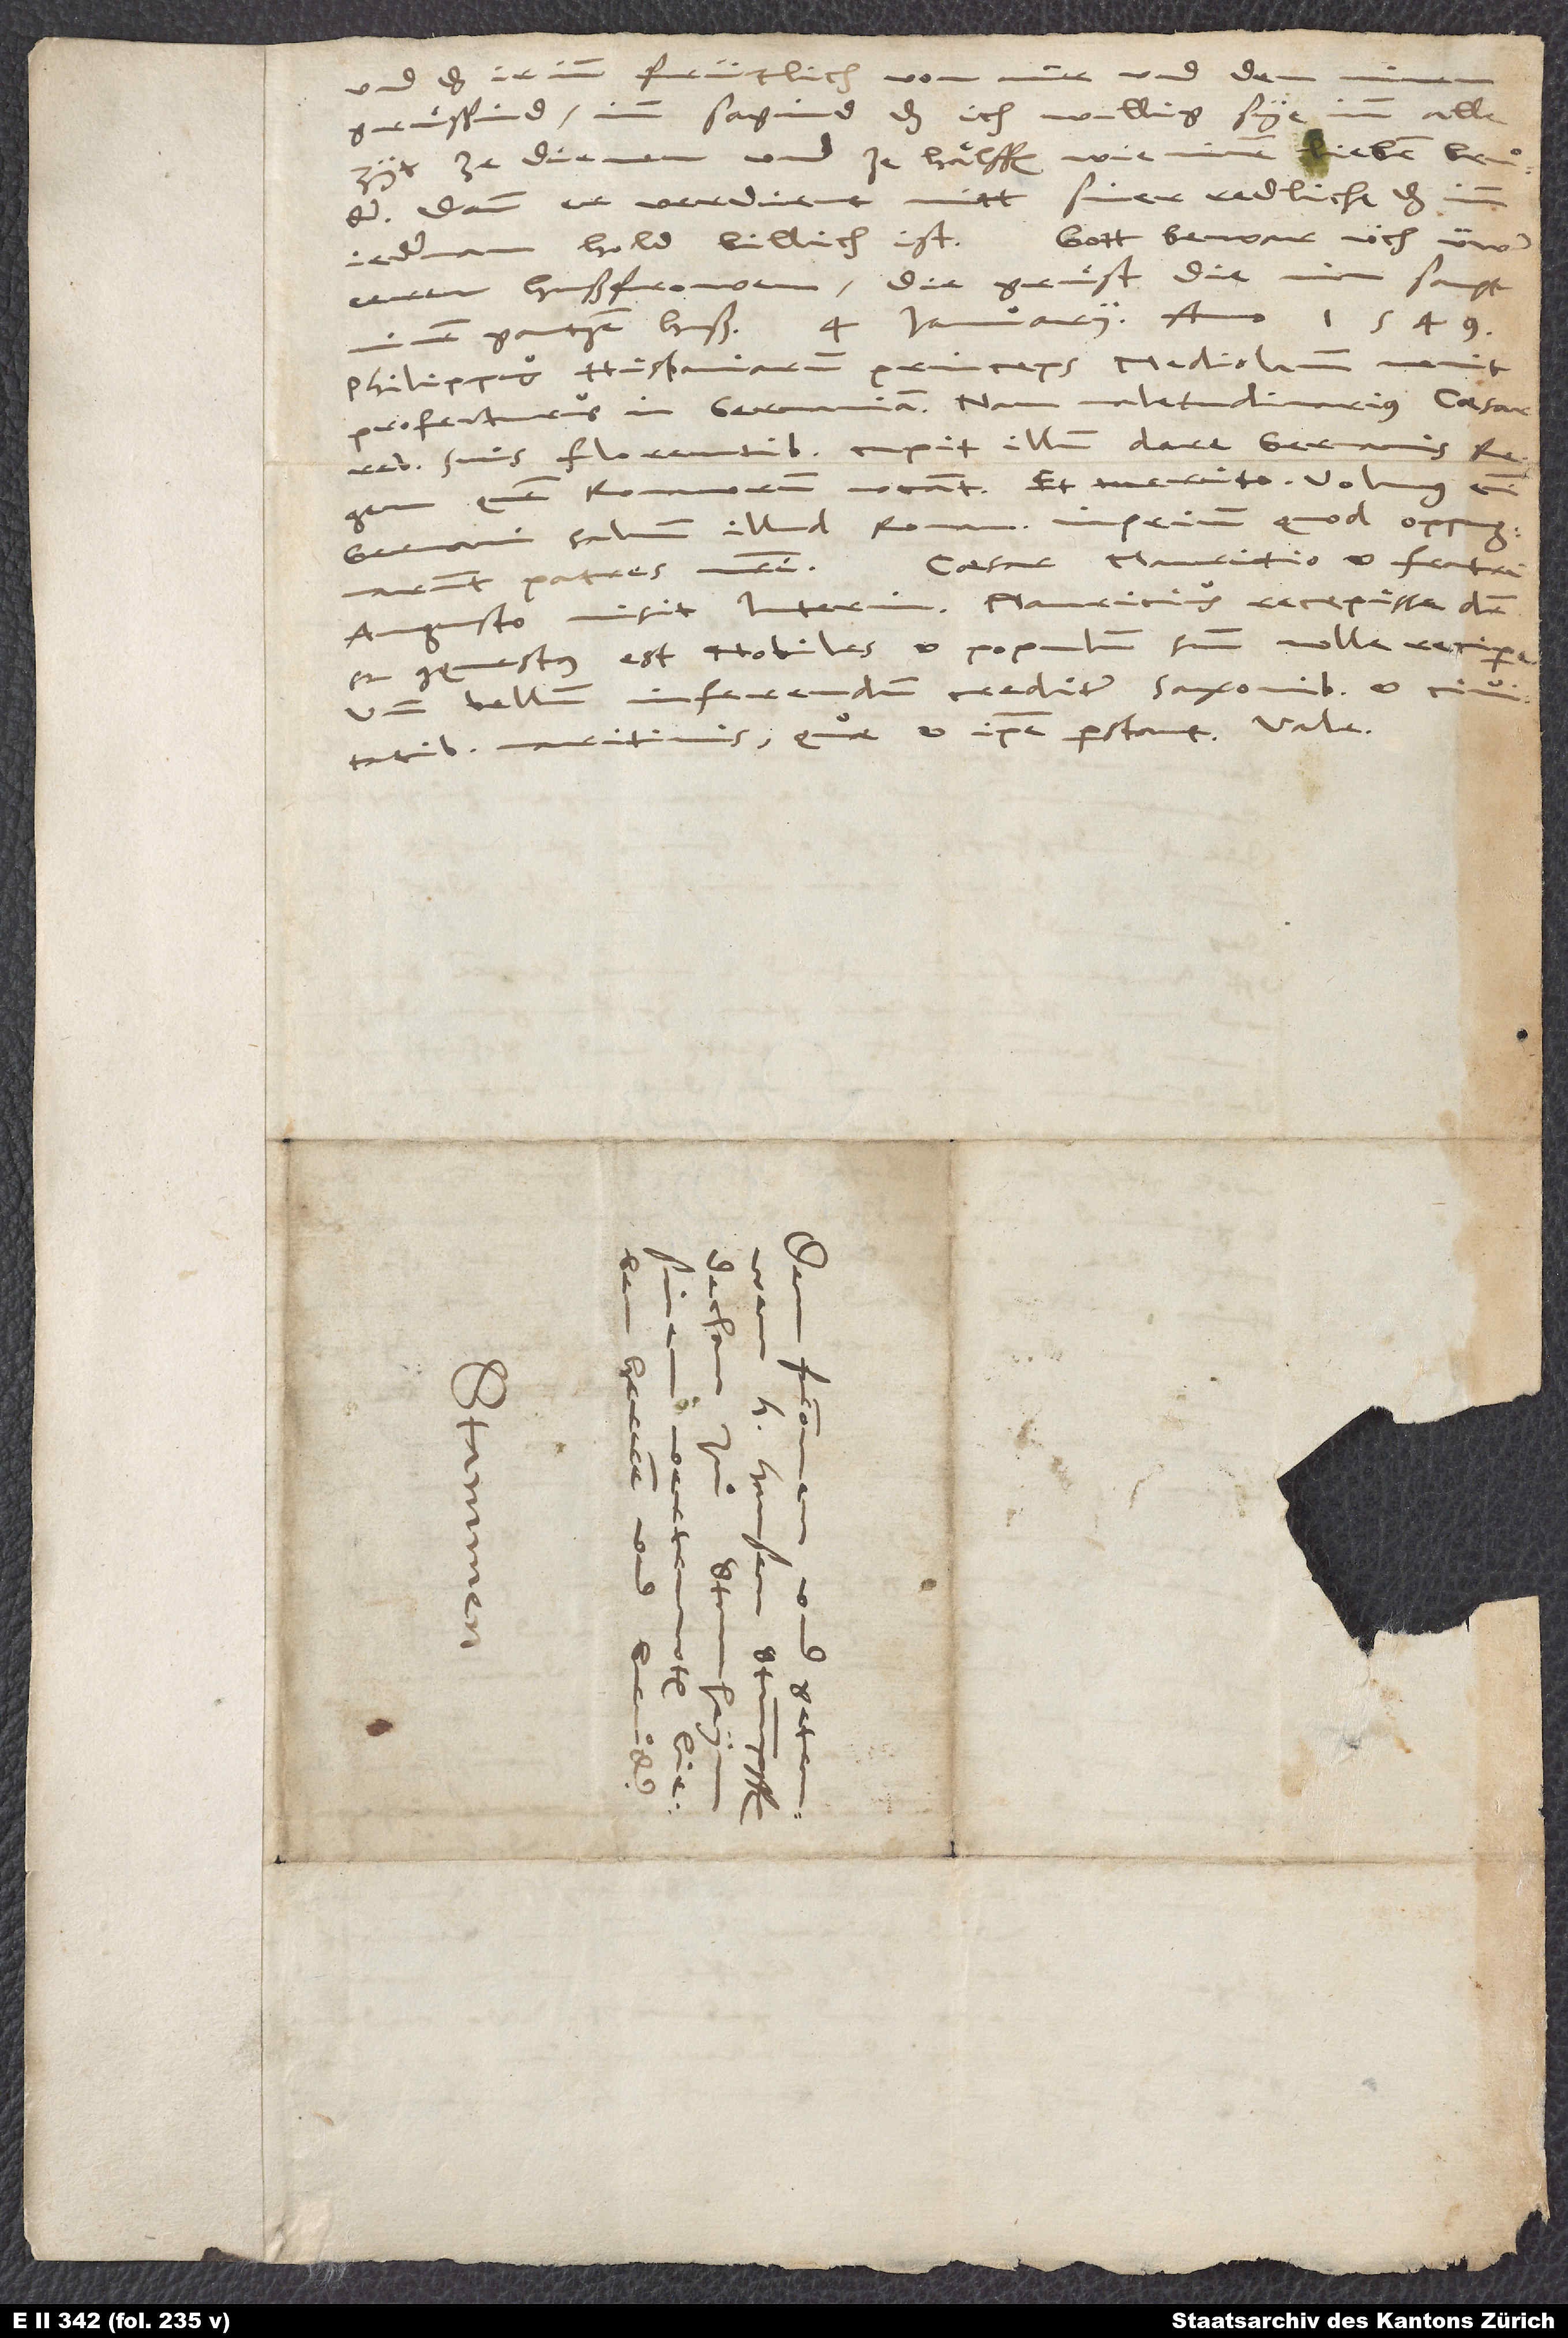
und das ir inn früntlich von mir und den
gruͤssind, imm sagind, das ich willig sye, imm alle
zyt ze dienen und ze hälffen wie minem
dann er verdient mitt siner redliche, das imm
Gott bewar üch, üwer
jederman hold billich ist.
eeren hußfrowen; die gruͤst die min sampt
minem gantzen huß. 4. Januarii anno 1549.
Philippus, Hispaniarum princeps, Mediolanum venit
profecturus in Germaniam; nam valetudinarius Caesar
suis florentibus cupit illum dare Germaniae
regem, quem Romanum vocant, et merito; volumus enim
Germani salvum illud Romanum imperium, quod oppugnarunt
Caesar Mauritio et fratri
Augusto misit interim; Mauritius recepisse dicitur
conquestur est nobiles et populum suum nolle recipere,
unde bellum inferendum creditur Saxonibus et civitatibus
maritimis, quae et ipsae perstant. Vale.